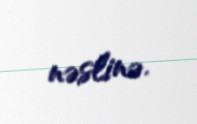
nəslinə.